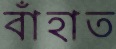
বাঁহাত